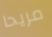
مريحا